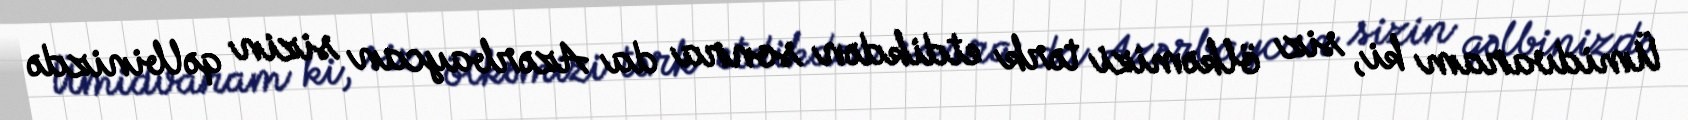
Ümidvaram ki, siz ölkəmizi tərk etdikdən sonra da Azərbaycan sizin qəlbinizdə